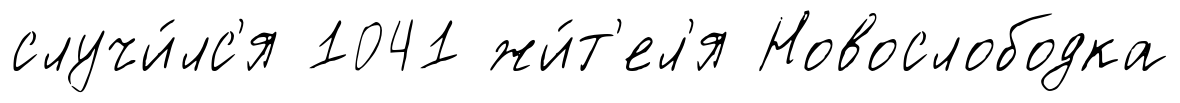
случи́лс'я 1041 жи́т'ел'я Новослободка